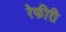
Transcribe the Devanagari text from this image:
रेफीरी